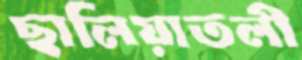
ছালিয়াতলী